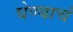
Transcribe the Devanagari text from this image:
घेण्याचं